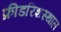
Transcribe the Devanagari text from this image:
फ्रीडरिशस्थाल